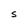
Character: S